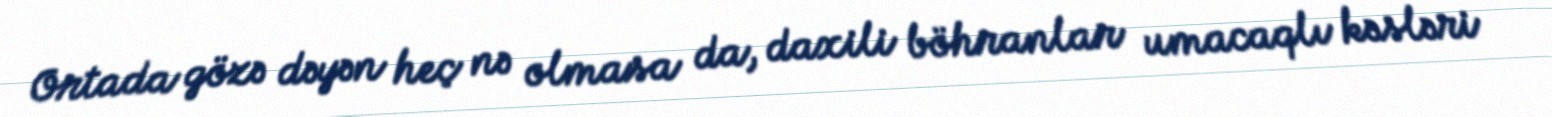
Ortada gözə dəyən heç nə olmasa da, daxili böhranlar umacaqlı kəsləri